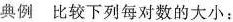
典例比较下列每对数的大小：